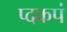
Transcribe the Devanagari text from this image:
प्दकपं